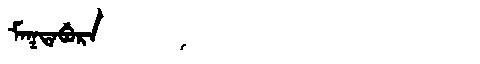
Manchu: ᠮᠠᡴᡨᠠᠪᡠᡵᠠ
Romanization: MAKTABURA